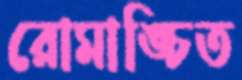
রোমাঙ্চিত